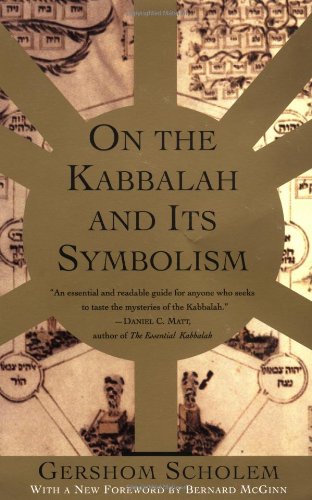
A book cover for On the Kabbalah and its Symbolism (Mysticism & Kabbalah); Gershom Scholem; Religion & Spirituality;